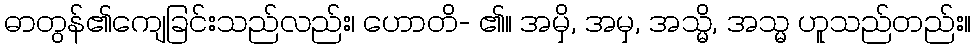
ဓာတွန်၏ကျေခြင်းသည်လည်း၊ ဟောတိ- ၏။ အမှိ, အမှ, အသ္မိ, အသ္မ ဟူသည်တည်း။